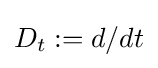
D_{t}:=d/dt